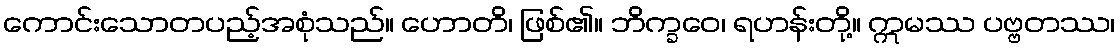
ကောင်းသောတပည့်အစုံသည်။ ဟောတိ၊ ဖြစ်၏။ ဘိက္ခဝေ၊ ရဟန်းတို့။ ဣမဿ ပဗ္ဗတဿ၊